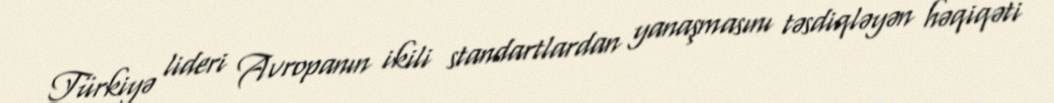
Türkiyə lideri Avropanın ikili standartlardan yanaşmasını təsdiqləyən həqiqəti